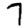
Digit: 7